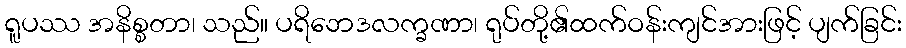
ရူပဿ အနိစ္စတာ၊ သည်။ ပရိဘေဒလက္ခဏာ၊ ရုပ်တို့၏ထက်ဝန်းကျင်အားဖြင့် ပျက်ခြင်း